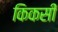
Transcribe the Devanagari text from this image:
किकसी